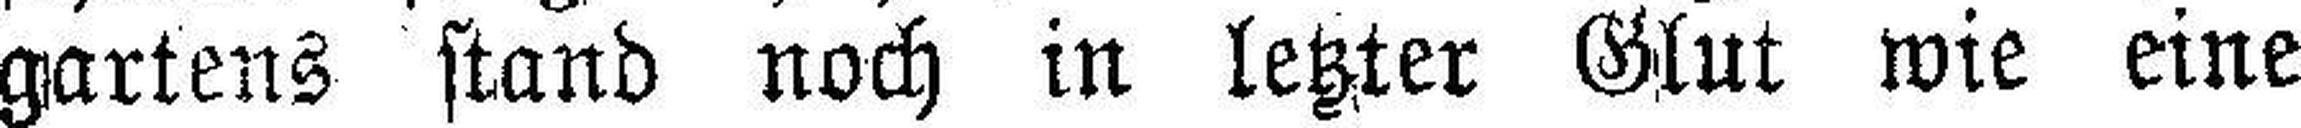
gartens stand noch in letzter Glut wie eine